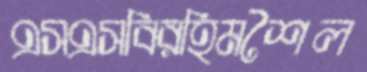
এসএসবিরহিমশৈল